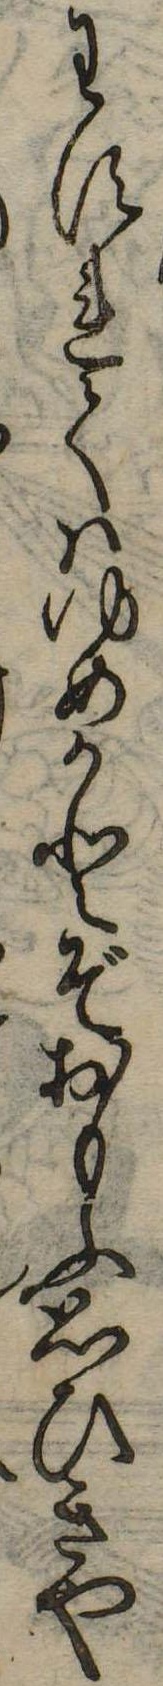
わすれてはゆめかとぞおもふ思ひきや